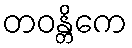
တဝန္တိကေ